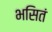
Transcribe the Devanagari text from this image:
भसितं